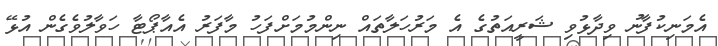
އެމަނިކުފާނު ވިދާޅުވި ޝަރީއަތުގެ އެ މަރުހަލާތައް ނިންމުމަށްފަހު މާފަރު އެއާޕޯޓާ ހަވާލުވެގެން އުޅޭ